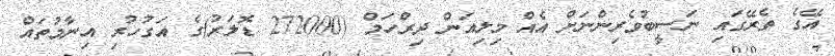
އޭގެ ތެރޭގައި ނަސީބުވެރިންނަށް އެއް މިލިއަން ދިރްހަމް (272000 ޑޮލަރު)ގެ އަގުހުރި އިނާމުތައް